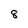
Character: 8